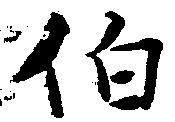
伯